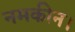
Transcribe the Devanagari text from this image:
नमकीन।